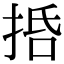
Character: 𢬸